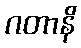
ဂတာနိ